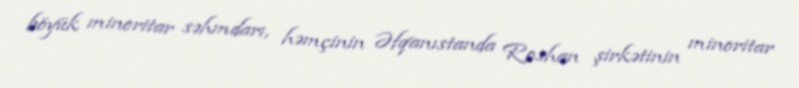
böyük minoritar səhmdarı, həmçinin Əfqanıstanda Roshan şirkətinin minoritar